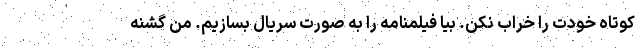
کوتاه خودت را خراب نکن. بیا فیلمنامه را به صورت سریال بسازیم. من گشنه